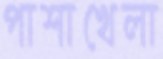
পাশাখেলা